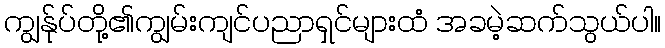
ကျွန်ုပ်တို့၏ကျွမ်းကျင်ပညာရှင်များထံ အခမဲ့ဆက်သွယ်ပါ။